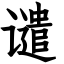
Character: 谴